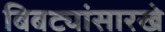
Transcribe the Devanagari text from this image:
बिबट्यांसारखे